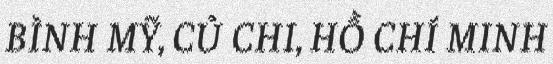
BÌNH MỸ, CỦ CHI, HỒ CHÍ MINH